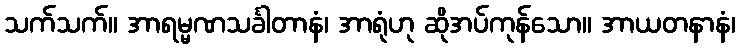
သက်သက်။ အာရမ္မဏသင်္ခါတာနံ၊ အာရုံဟု ဆိုအပ်ကုန်သော။ အာယတနာနံ၊